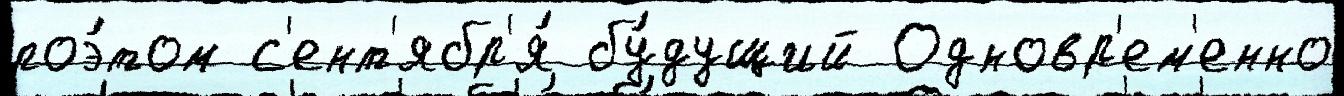
поэ́том с'ент'ябр'я́ бу́дущий Одновр'ем'енно